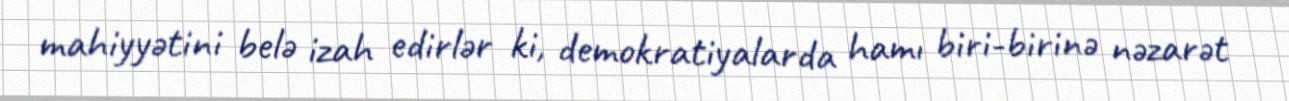
mahiyyətini belə izah edirlər ki, demokratiyalarda hamı biri-birinə nəzarət